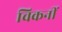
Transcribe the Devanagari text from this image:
चिकनीं